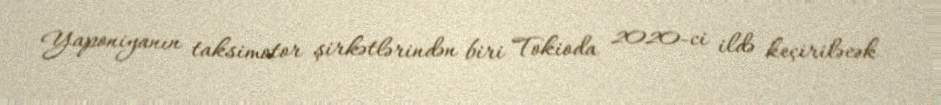
Yaponiyanın taksimotor şirkətlərindən biri Tokioda 2020-ci ildə keçiriləcək